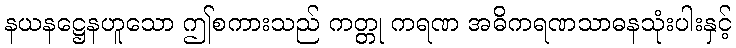
နယနဋ္ဌေနဟူသော ဤစကားသည် ကတ္တု ကရဏ အဓိကရဏသာဓနသုံးပါးနှင့်